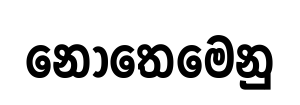
නොතෙමෙනු